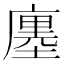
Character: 廛